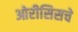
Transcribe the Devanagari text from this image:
ओरीसिसचे